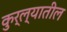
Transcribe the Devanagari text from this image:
कुर्ल्यातील